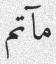
مآتم